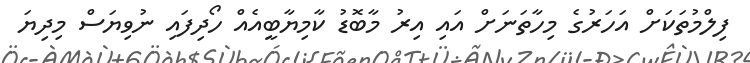
ފިލްމުތަކަށް އަހަރުގެ މިހާތަނަށް އައި އިރު މާބޮޑު ކާމިޔާބީއެއް ހޯދިފައި ނުވިޔަސް މިދިޔަ